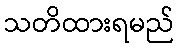
သတိထားရမည်